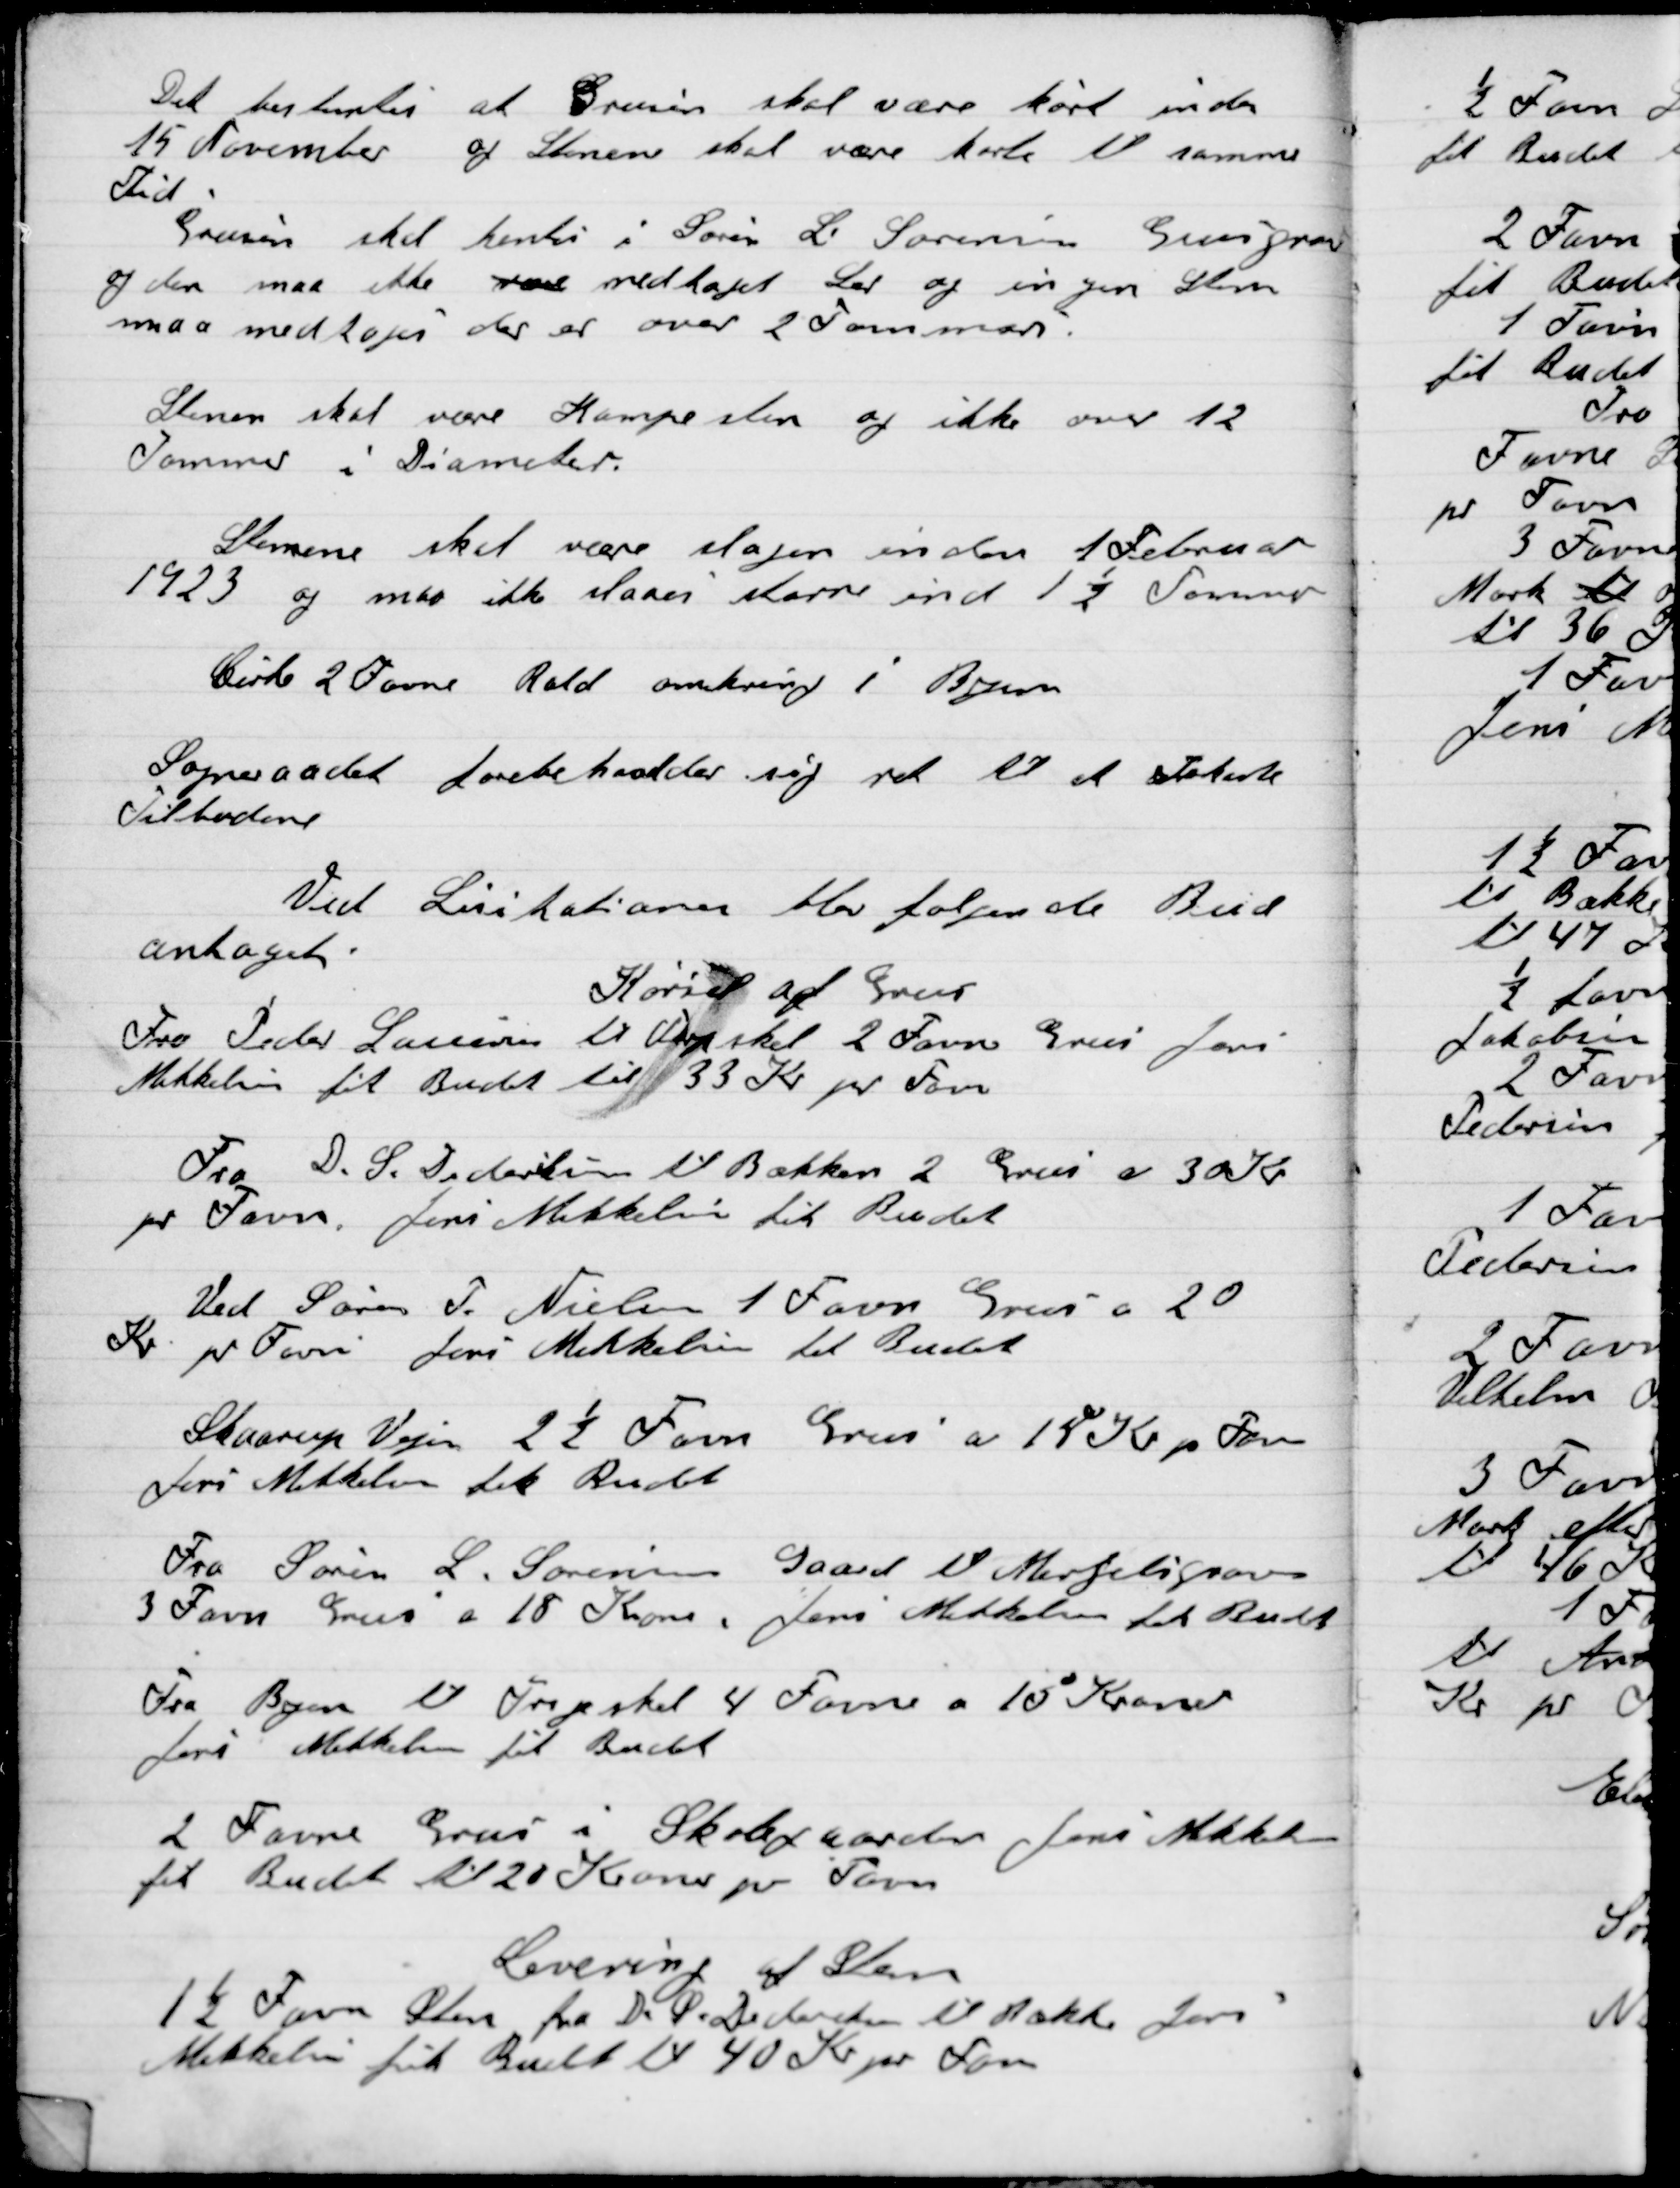
Transskription:
Det bestemtes at Grusen skal være kørt inden
15 November af Stenen skal være kørt til samme
Tid.
Grusen skal hentes Søren L. Sørensen Grusgrav
og den maa ikke være medtaget Ler og ingen Sten
maa medtages der er over 2 Tommer

Stenen skal være Kampesten og ikke over 12
Tommer i Diameter.

Stenene skal være slaaes inden 1 Februar
1923 og maa ikke slaaes større ind 1½ Tommer

Cirka 2 Favn Rald omkring i Byen

Sogneraadet forbeholder sig ret til at stakarte
Tilbudene.

Ved Licitation blev følgende Bud
Antaget:

Kørsel af Grus
Fra Peder Laursen til Vejskel 2 Favn Grus Jens
Mikkelsen fik Budet til 33 Kr. pr. Favn

Fra D.S. Didriksen til Bækken 2 Grus a 30 Kr.
pr Favn Jens Mikkelsen fik Budet

Ved Søren T. Nielsen 1 Favn Grus af 20
Kr. pr Favn Jens Mikkelsen fik Budet

Skaarup Vejen 2½ Favn Grus a 18 Kr. pr Favn
Jens Mikkelsen fik Budet

Fra Søren L. Sørensens Gaard til Mergelgraven
3 Favn Grus a 18 Kr. Jens Mikkelsen fik Budet

Fra Byen til Trige skel 4 Favn a 10 Kroner
Jens Mikkelsen fik Bude

2 Favn Grus i Skolegaarden Jens Mikkelsen
fik Budet til 20 Kroner pr Favn

Levering af Sten
1½ Favn Sten fra D. S. Didriksen til bakke Jens
Mikkelsen fik Budet til 40 Kroner pr Favn